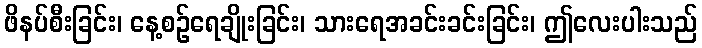
ဖိနပ်စီးခြင်း၊ နေ့စဉ်ရေချိုးခြင်း၊ သားရေအခင်းခင်းခြင်း၊ ဤလေးပါးသည်